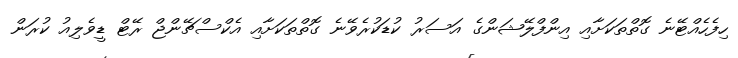
ހިފެހެއްޓޭނެ ގޮތްތަކަށާއި އިންފްލޭޝަންގެ އަސަރު ކުޑަކުރެވޭނެ ގޮތްތަކަށާއި އެކްސްޗޭންޖް ރޭޓް ޑީވެލިއު ކުރަން